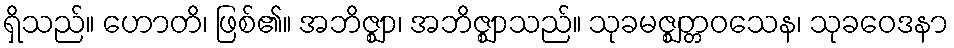
ရှိသည်။ ဟောတိ၊ ဖြစ်၏။ အဘိဇ္ဈာ၊ အဘိဇ္ဈာသည်။ သုခမဇ္ဈတ္တဝသေန၊ သုခဝေဒနာ